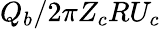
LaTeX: Q_{b}/2\pi Z_{c}RU_{c}